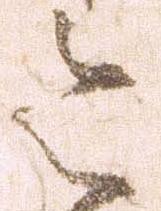
令